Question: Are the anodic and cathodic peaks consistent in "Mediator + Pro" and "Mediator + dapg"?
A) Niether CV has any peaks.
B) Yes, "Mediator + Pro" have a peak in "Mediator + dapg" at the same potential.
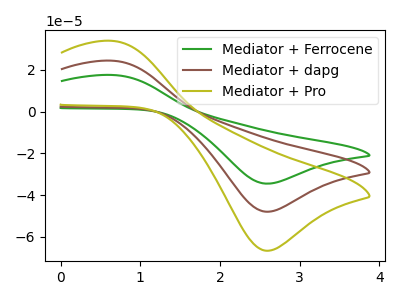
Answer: <think>The green curve "Mediator + Ferrocene" has an anodic peak at (0.65V, 48.70uA) and a cathodic peak at (2.60V, -95.90uA). The brown curve "Mediator + dapg" has an anodic peak at (0.65V, 24.35uA) and a cathodic peak at (2.60V, -47.95uA). The olive curve "Mediator + Pro" has an anodic peak at (0.65V, 33.85uA) and a cathodic peak at (2.60V, -66.60uA).</think>
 <answer>B) Yes, "Mediator + Pro" have a peak in "Mediator + dapg" at the same potential.</answer>
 <eval>B</eval>